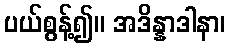
ပယ်စွန့်၍။ အဒိန္နာဒါနာ၊